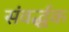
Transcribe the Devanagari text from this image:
संवर्द्धक